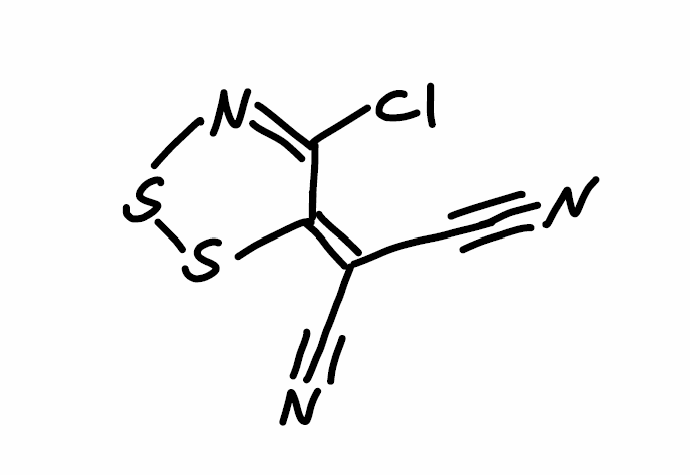
Simplified molecular-input line-entry system (SMILES) notation of the given molecule:
C(#N)C(=C1C(=NSS1)Cl)C#N